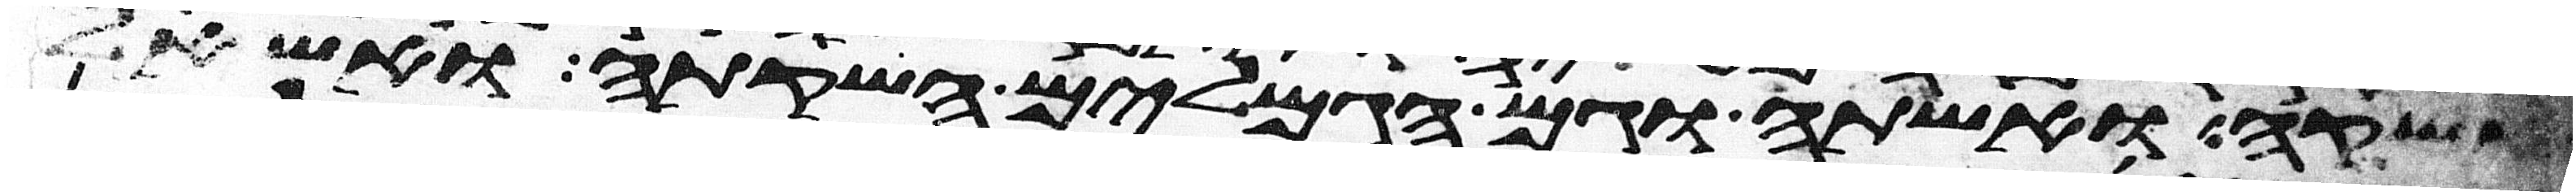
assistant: אשקה ואשתה וגם הגמלים השקתה ואשאל